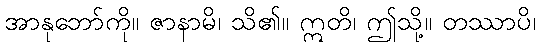
အာနုဘော်ကို။ ဇာနာမိ၊ သိ၏။ ဣတိ၊ ဤသို့။ တဿာပိ၊